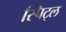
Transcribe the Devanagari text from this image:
स्पिट्ल